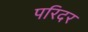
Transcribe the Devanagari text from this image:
परिदर